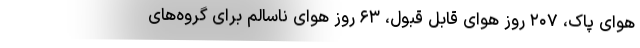
هوای پاک، ۲۰۷ روز هوای قابل قبول، ‌۶۳ روز هوای ناسالم برای گروه‌های